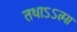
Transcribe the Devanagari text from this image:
तथाऽऽत्मा